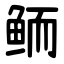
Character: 鲕